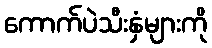
ကောက်ပဲသီးနှံများကို